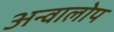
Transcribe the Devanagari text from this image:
अन्वालोप